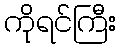
ကိုရင်ကြီး